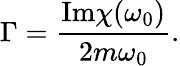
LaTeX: \Gamma=\frac{\mathrm{Im}\chi(\omega_{0})}{2m\omega_{0}}.